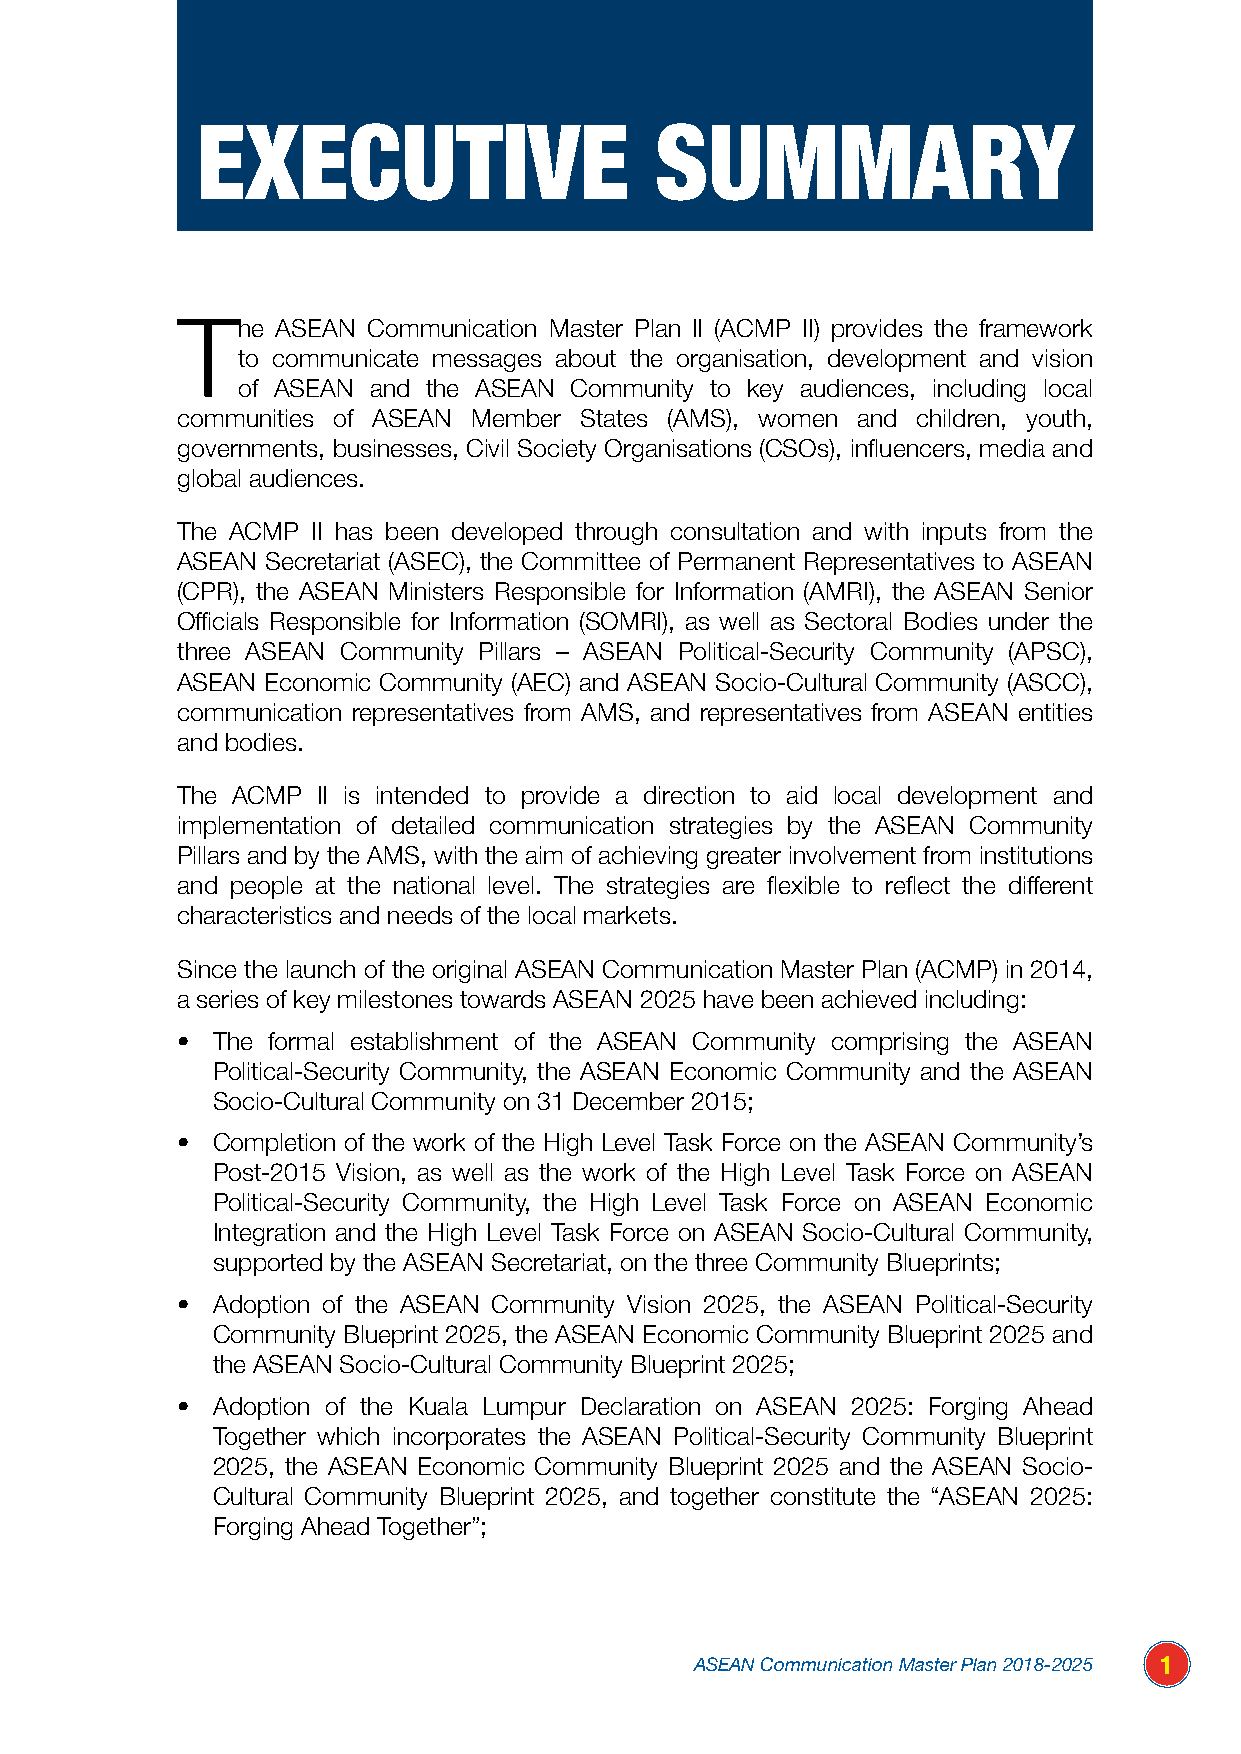
EXECUTIVE                     SUMMARY
 The   ASEAN Communication Master Plan II (ACMP II) provides the framework
 to communicate messages about the organisation, development and vision
 of ASEAN and the ASEAN Community to key audiences, including local
 communities of ASEAN Member States (AMS), women and children, youth,
 governments, businesses, Civil Society Organisations (CSOs), influencers, media and
 global audiences.
 The ACMP II has been developed through consultation and with inputs from the
 ASEAN Secretariat (ASEC), the Committee of Permanent Representatives to ASEAN
 (CPR), the ASEAN Ministers Responsible for Information (AMRI), the ASEAN Senior
 Officials Responsible for Information (SOMRI), as well as Sectoral Bodies under the
 three ASEAN Community Pillars – ASEAN Political-Security Community (APSC),
 ASEAN Economic Community (AEC) and ASEAN Socio-Cultural Community (ASCC),
 communication representatives from AMS, and representatives from ASEAN entities
 and bodies.
 The ACMP II is intended to provide a direction to aid local development and
 implementation of detailed communication strategies by the ASEAN Community
 Pillars and by the AMS, with the aim of achieving greater involvement from institutions
 and people at the national level. The strategies are flexible to reflect the different
 characteristics and needs of the local markets.
 Since the launch of the original ASEAN Communication Master Plan (ACMP) in 2014,
 a series of key milestones towards ASEAN 2025 have been achieved including:
 • The formal establishment of the ASEAN Community comprising the ASEAN
 Political-Security Community, the ASEAN Economic Community and the ASEAN
 Socio-Cultural Community on 31 December 2015;
 • Completion of the work of the High Level Task Force on the ASEAN Community’s
 Post-2015 Vision, as well as the work of the High Level Task Force on ASEAN
 Political-Security Community, the High Level Task Force on ASEAN Economic
 Integration and the High Level Task Force on ASEAN Socio-Cultural Community,
 supported by the ASEAN Secretariat, on the three Community Blueprints;
 • Adoption of the ASEAN Community Vision 2025, the ASEAN Political-Security
 Community Blueprint 2025, the ASEAN Economic Community Blueprint 2025 and
 the ASEAN Socio-Cultural Community Blueprint 2025;
 • Adoption of the Kuala Lumpur Declaration on ASEAN 2025: Forging Ahead
 Together which incorporates the ASEAN Political-Security Community Blueprint
 2025, the ASEAN Economic Community Blueprint 2025 and the ASEAN Socio-
 Cultural Community Blueprint 2025, and together constitute the “ASEAN 2025:
 Forging Ahead Together”;
 ASEAN Communication Master Plan 2018-2025 1